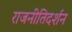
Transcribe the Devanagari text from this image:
राजनीतिदर्शन